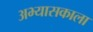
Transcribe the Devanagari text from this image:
अभ्यासकाला